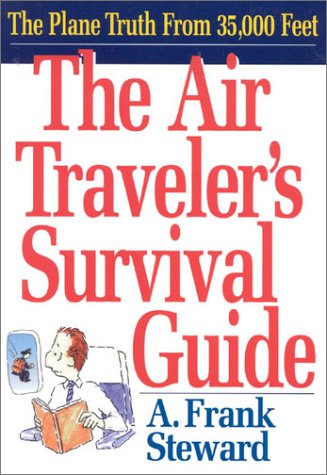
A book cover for The Air Traveler's Survival Guide: The Plane Truth From 35,000 Feet; A. Frank Steward; Travel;